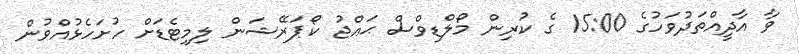
ވާ އާދީއްތަދުވަހުގެ 15:00 ގެ ކުރިން މޯލްޑިވްސް ޙައްޖު ކޯޕަރޭޝަން ލިމިޓެޑަށް ހުށަހެޅުއްވުން